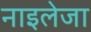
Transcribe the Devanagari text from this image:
नाइलेजा